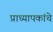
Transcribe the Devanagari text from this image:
प्राध्यापकांचे